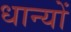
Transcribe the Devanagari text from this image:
धान्यों